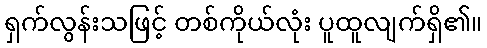
ရှက်လွန်းသဖြင့် တစ်ကိုယ်လုံး ပူထူလျက်ရှိ၏။